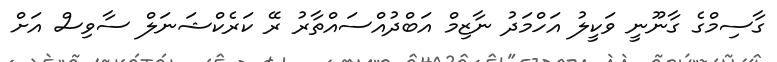
ގާސިމްގެ ގާނޫނީ ވަކީލު އަހްމަދު ނާޒިމް އަބްދުއްސައްތާރު ރޭ ކަރެކްޝަނަލް ސާވިސް އަށް